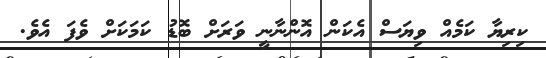
ކިރިޔާ ކަމެއް ވިޔަސް އެކަން އޮންނާނީ ވަރަށް ބޮޑު ކަމަކަށް ވެފަ އެވެ.